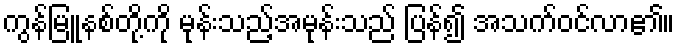
ကွန်မြူနစ်တို့ကို မုန်းသည့်အမုန်းသည် ပြန်၍ အသက်ဝင်လာ၏။